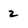
Character: 2